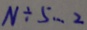
N \div 5 \cdots 2